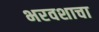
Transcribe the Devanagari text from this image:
भरवशाचा